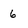
Character: 6